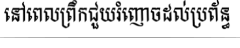
នៅពេលព្រឹកជួយរំញោចដល់ប្រព័ន្ធ